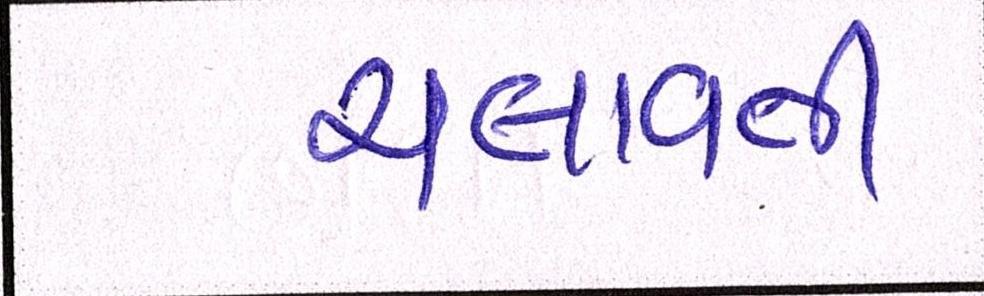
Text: ચલાવતી